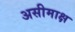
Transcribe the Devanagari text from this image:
असीमाक्ष